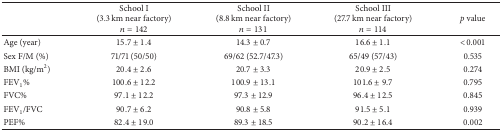
<table><thead><tr><td><b> </b></td><td><b>School I(3.3 km near factory)<i>n</i> = 142</b></td><td><b>School II (8.8 km near factory)<i>n</i> = 131</b></td><td><b>School III (27.7 km near factory)<i>n</i> = 114</b></td><td><b><i>p </i>value</b></td></tr></thead><tbody><tr><td>Age (year)</td><td>15.7 ± 1.4</td><td>14.3 ± 0.7</td><td>16.6 ± 1.1</td><td>&lt;0.001</td></tr><tr><td>Sex F/M (%)</td><td>71/71 (50/50)</td><td>69/62 (52.7/47.3)</td><td>65/49 (57/43)</td><td>0.535</td></tr><tr><td>BMI (kg/m<sup>2</sup>)</td><td>20.4 ± 2.6</td><td>20.7 ± 3.3</td><td>20.9 ± 2.5</td><td>0.274</td></tr><tr><td>FEV<sub>1</sub>%</td><td>100.6 ± 12.2</td><td>100.9 ± 13.1</td><td>101.6 ± 9.7</td><td>0.795</td></tr><tr><td>FVC%</td><td>97.1 ± 12.2</td><td>97.3 ± 12.9</td><td>96.4 ± 12.5</td><td>0.845</td></tr><tr><td>FEV<sub>1</sub>/FVC</td><td>90.7 ± 6.2</td><td>90.8 ± 5.8</td><td>91.5 ± 5.1</td><td>0.939</td></tr><tr><td>PEF%</td><td>82.4 ± 19.0</td><td>89.3 ± 18.5</td><td>90.2 ± 16.4</td><td>0.002</td></tr></tbody></table>